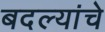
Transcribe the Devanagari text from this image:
बदल्यांचे